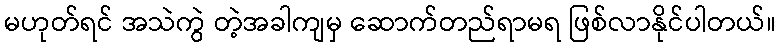
မဟုတ်ရင် အသဲကွဲ တဲ့အခါကျမှ ဆောက်တည်ရာမရ ဖြစ်လာနိုင်ပါတယ်။